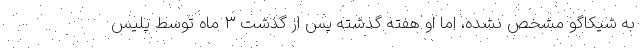
به شیکاگو مشخص نشده، اما او هفته گذشته پس از گذشت ۳ ماه توسط پلیس